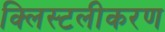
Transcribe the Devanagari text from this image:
क्लिस्टलीकरण